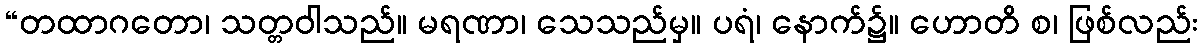
“တထာဂတော၊ သတ္တဝါသည်။ မရဏာ၊ သေသည်မှ။ ပရံ၊ နောက်၌။ ဟောတိ စ၊ ဖြစ်လည်း